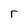
Character: r